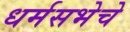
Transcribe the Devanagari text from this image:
धर्मसभेचे